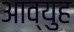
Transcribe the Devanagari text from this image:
आव्युह